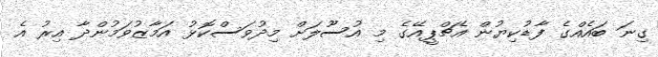
ގިނަ ބައެއްގެ ފާޑުކިޔުން އެޗްޕީއޭގެ މި އުސޫލަށް މިދުވަސްކޮޅު އަމާޒުވަމުންދާ އިރު އެ